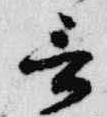
言